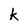
Character: k